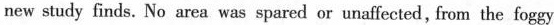
new study finds. No area was spared or unaffected, from the foggy